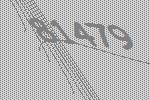
81479